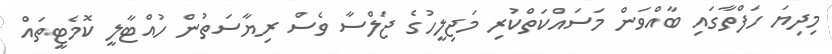
މިދިޔަ ހަފްތާގައި ބާއްވަން މަސައްކަތްކުރި މަޖިލީހުގެ ޖަލްސާ ވެސް ރިޔާސަތުން ހުއްޓާލީ ކޮމެޓީތައް